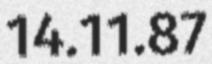
14.11.87